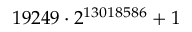
1 9 2 4 9 \cdot 2 ^ { 1 3 0 1 8 5 8 6 } + 1